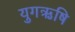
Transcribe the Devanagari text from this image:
युगऋषि